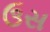
ઉસ